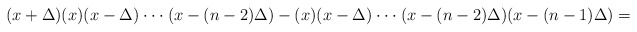
\begin{align*}(x+\Delta)(x)(x-\Delta)\cdot\cdot\cdot(x-(n-2)\Delta)-(x)(x-\Delta)\cdot\cdot\cdot(x-(n-2)\Delta)(x-(n-1)\Delta) =\end{align*}